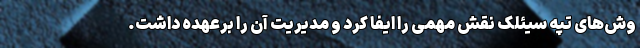
وش‌های تپه سیئلک نقش مهمی را ایفا کرد و مدیریت آن را برعهده داشت.